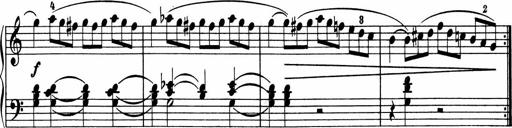
Title: 5 Sonatinen fÃ¼r die Jugend
Composer: Carl Reinecke